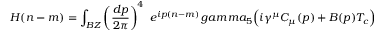
H ( n - m ) = \int _ { B Z } \left( { \frac { d p } { 2 \pi } } \right) ^ { 4 } \ e ^ { i p ( n - m ) } \, g a m m a _ { 5 } \Bigl ( i \gamma ^ { \mu } C _ { \mu } ( p ) + B ( p ) T _ { c } \Bigr )